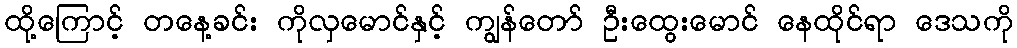
ထို့ကြောင့် တနေ့ခင်း ကိုလှမောင်နှင့် ကျွန်တော် ဦးထွေးမောင် နေထိုင်ရာ ဒေသကို